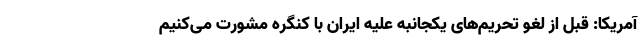
آمریکا: قبل از لغو تحریم‌های یکجانبه علیه ایران با کنگره مشورت می‌کنیم